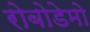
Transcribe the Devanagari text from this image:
रोबोडेमो